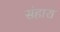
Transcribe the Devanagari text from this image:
संहारा